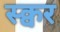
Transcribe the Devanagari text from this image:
स्क्वर